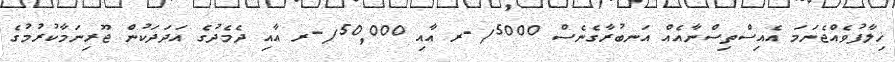
ޚިލާފުވެއްޖެނަމަ އެއިސްތިސްނާއެއް އަނބުރާގެނެސް 5000/-ރ އާއި 50